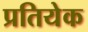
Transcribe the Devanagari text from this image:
प्रतियेक